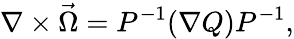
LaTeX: \nabla\times\vec{\Omega}=P^{-1}(\nabla Q)P^{-1},